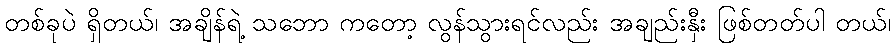
တစ်ခုပဲ ရှိတယ်၊ အချိန်ရဲ့ သဘော ကတော့ လွန်သွားရင်လည်း အချည်းနှီး ဖြစ်တတ်ပါ တယ်၊